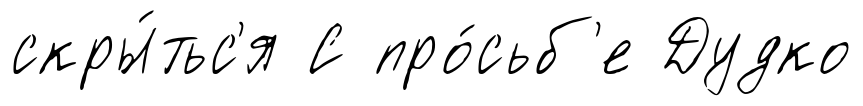
скры́тьс'я С про́сьб'е Дудко